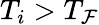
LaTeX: T_{i}>T_{\mathcal{F}}